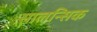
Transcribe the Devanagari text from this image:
सालन्सिक